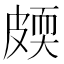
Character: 㿵